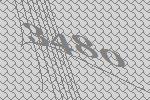
3480